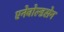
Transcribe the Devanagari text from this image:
एनेवोल्डसेन